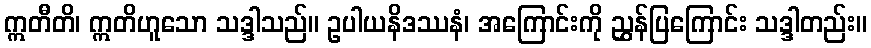
ဣတီတိ၊ ဣတိဟူသော သဒ္ဒါသည်။ ဥပါယနိဒဿနံ၊ အကြောင်းကို ညွှန်ပြကြောင်း သဒ္ဒါတည်း။